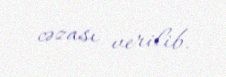
cəzası verilib.